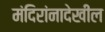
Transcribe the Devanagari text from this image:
मंदिरांनादेखील